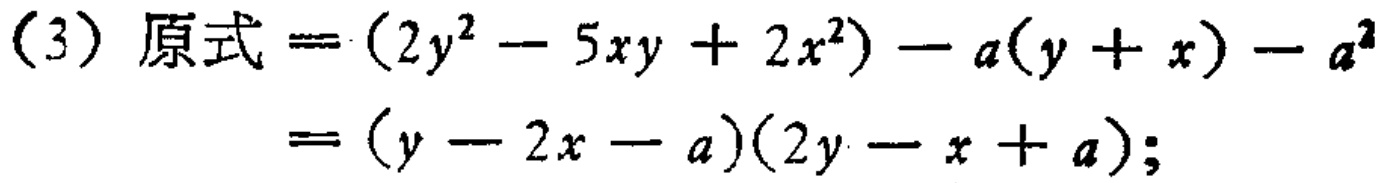
(3) 原式$=(2y^{2}-5xy + 2x^{2})-a(y + x)-a^{2}$

$=(y - 2x - a)(2y - x + a);$